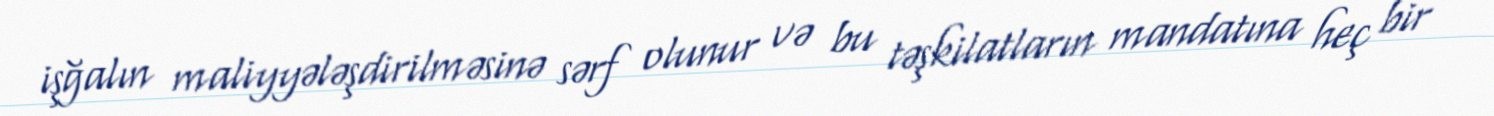
işğalın maliyyələşdirilməsinə sərf olunur və bu təşkilatların mandatına heç bir